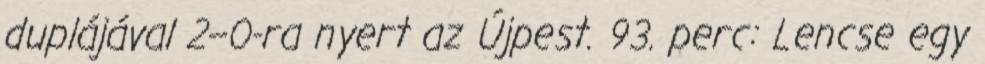
duplájával 2–0-ra nyert az Újpest. 93. perc: Lencse egy